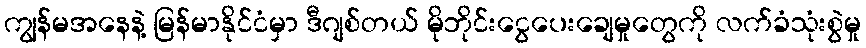
ကျွန်မအနေနဲ့ မြန်မာနိုင်ငံမှာ ဒီဂျစ်တယ် မိုဘိုင်းငွေပေးချေမှုတွေကို လက်ခံသုံးစွဲမှု